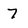
Character: 7